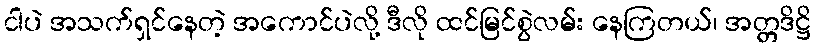
ငါပဲ အသက်ရှင်နေတဲ့ အကောင်ပဲလို့ ဒီလို ထင်မြင်စွဲလမ်း နေကြတယ်၊ အတ္တဒိဋ္ဌိ